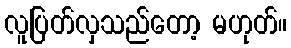
လူပြတ်လှသည်တော့ မဟုတ်။